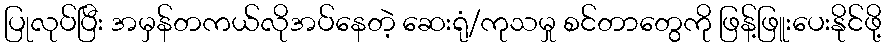
ပြုလုပ်ပြီး အမှန်တကယ်လိုအပ်နေတဲ့ ဆေးရုံ/ကုသမှု စင်တာတွေကို ဖြန့်ဖြူးပေးနိုင်ဖို့